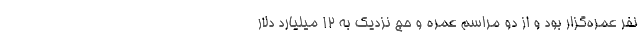
نفر عمره‌گزار بود و از دو مراسم عمره و حج نزدیک به ۱۲ میلیارد دلار